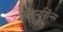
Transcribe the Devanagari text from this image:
अंतर्न्यूरॉन्स